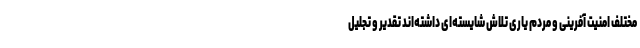
مختلف امنیت آفرینی و مردم یاری تلاش شایسته‌ای داشته‌اند تقدیر و تجلیل